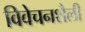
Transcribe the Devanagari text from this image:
विवेचनशैली